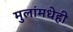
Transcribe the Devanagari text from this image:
मुलांमधेही